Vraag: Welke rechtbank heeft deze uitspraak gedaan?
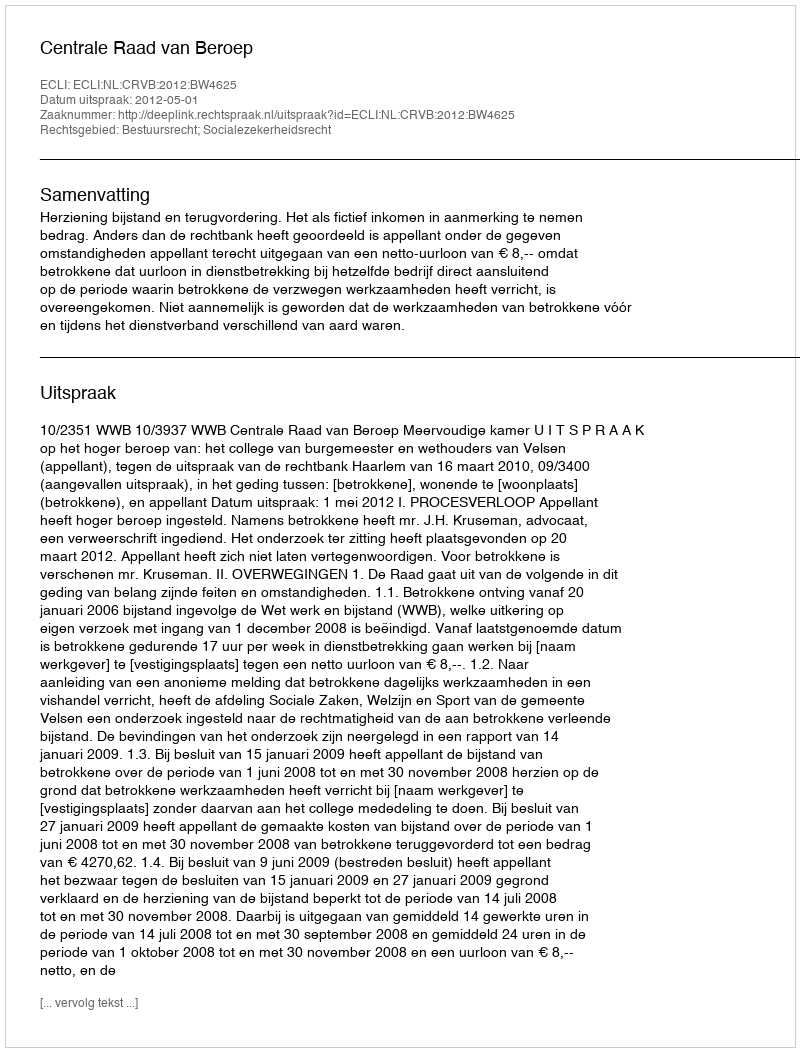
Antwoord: Centrale Raad van Beroep